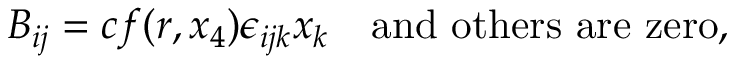
B _ { i j } = c f ( r , x _ { 4 } ) \epsilon _ { i j k } x _ { k } \quad \mathrm { a n d \ o t h e r s ~ a r e ~ z e r o } ,